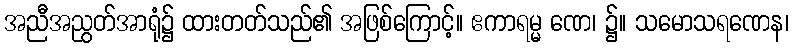
အညီအညွတ်အာရုံ၌ ထားတတ်သည်၏ အဖြစ်ကြောင့်။ ဧကာရမ္မ ဏေ၊ ၌။ သမောသရဏေန၊